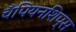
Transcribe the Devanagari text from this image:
चँपियनशिप्स